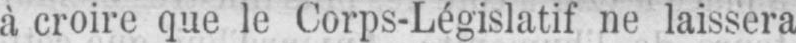
à croire que le Corps-Législatif ne laissera